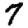
Digit: 7